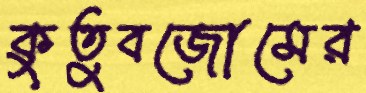
কুতুবজোমের